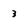
Character: 3